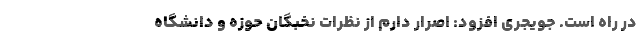
در راه است. جویجری افزود: اصرار دارم از نظرات نخبگان حوزه و دانشگاه